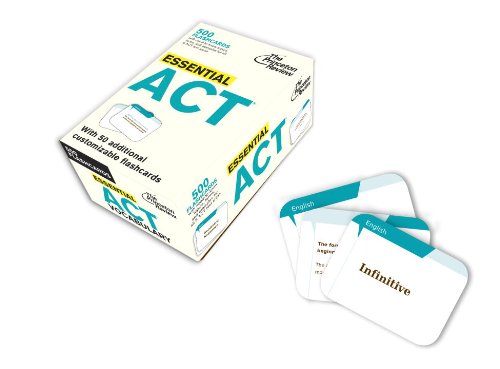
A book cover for Essential ACT (flashcards) (College Test Preparation); Princeton Review; Test Preparation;